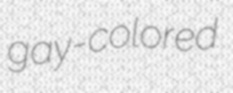
gay-colored